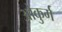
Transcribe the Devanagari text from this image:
ओकुर्ग